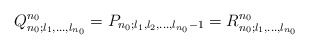
\begin{align*}Q^{n_0}_{n_0;l_1,\ldots,l_{n_0}}=P_{n_0;l_1,l_2,\ldots,l_{n_0}-1}=R^{n_0}_{n_0;l_1,\ldots,l_{n_0}}\end{align*}